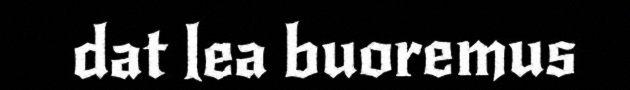
dat lea buoremus